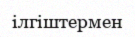
ілгіштермен